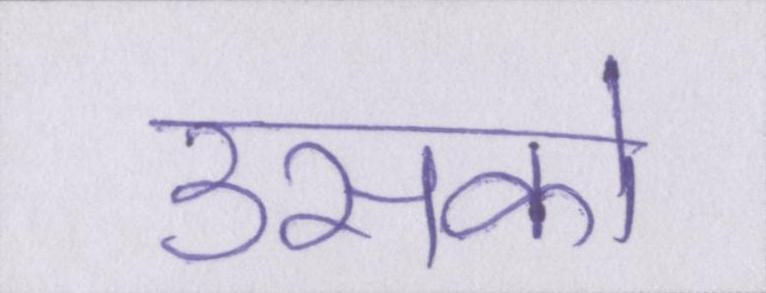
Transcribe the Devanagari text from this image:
उसको